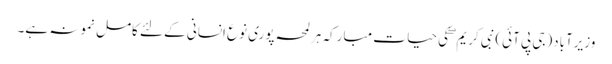
وزیرآباد(جی پی آئی)نبی کریم ۖ کی حیا ت مبارکہ ہرلمحہ پوری نوع انسانی کے لئے کامل نمونہ ہے۔